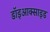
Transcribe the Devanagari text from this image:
डॉइआक्साइड